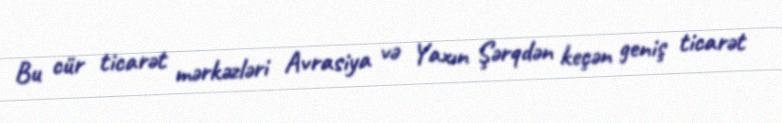
Bu cür ticarət mərkəzləri Avrasiya və Yaxın Şərqdən keçən geniş ticarət